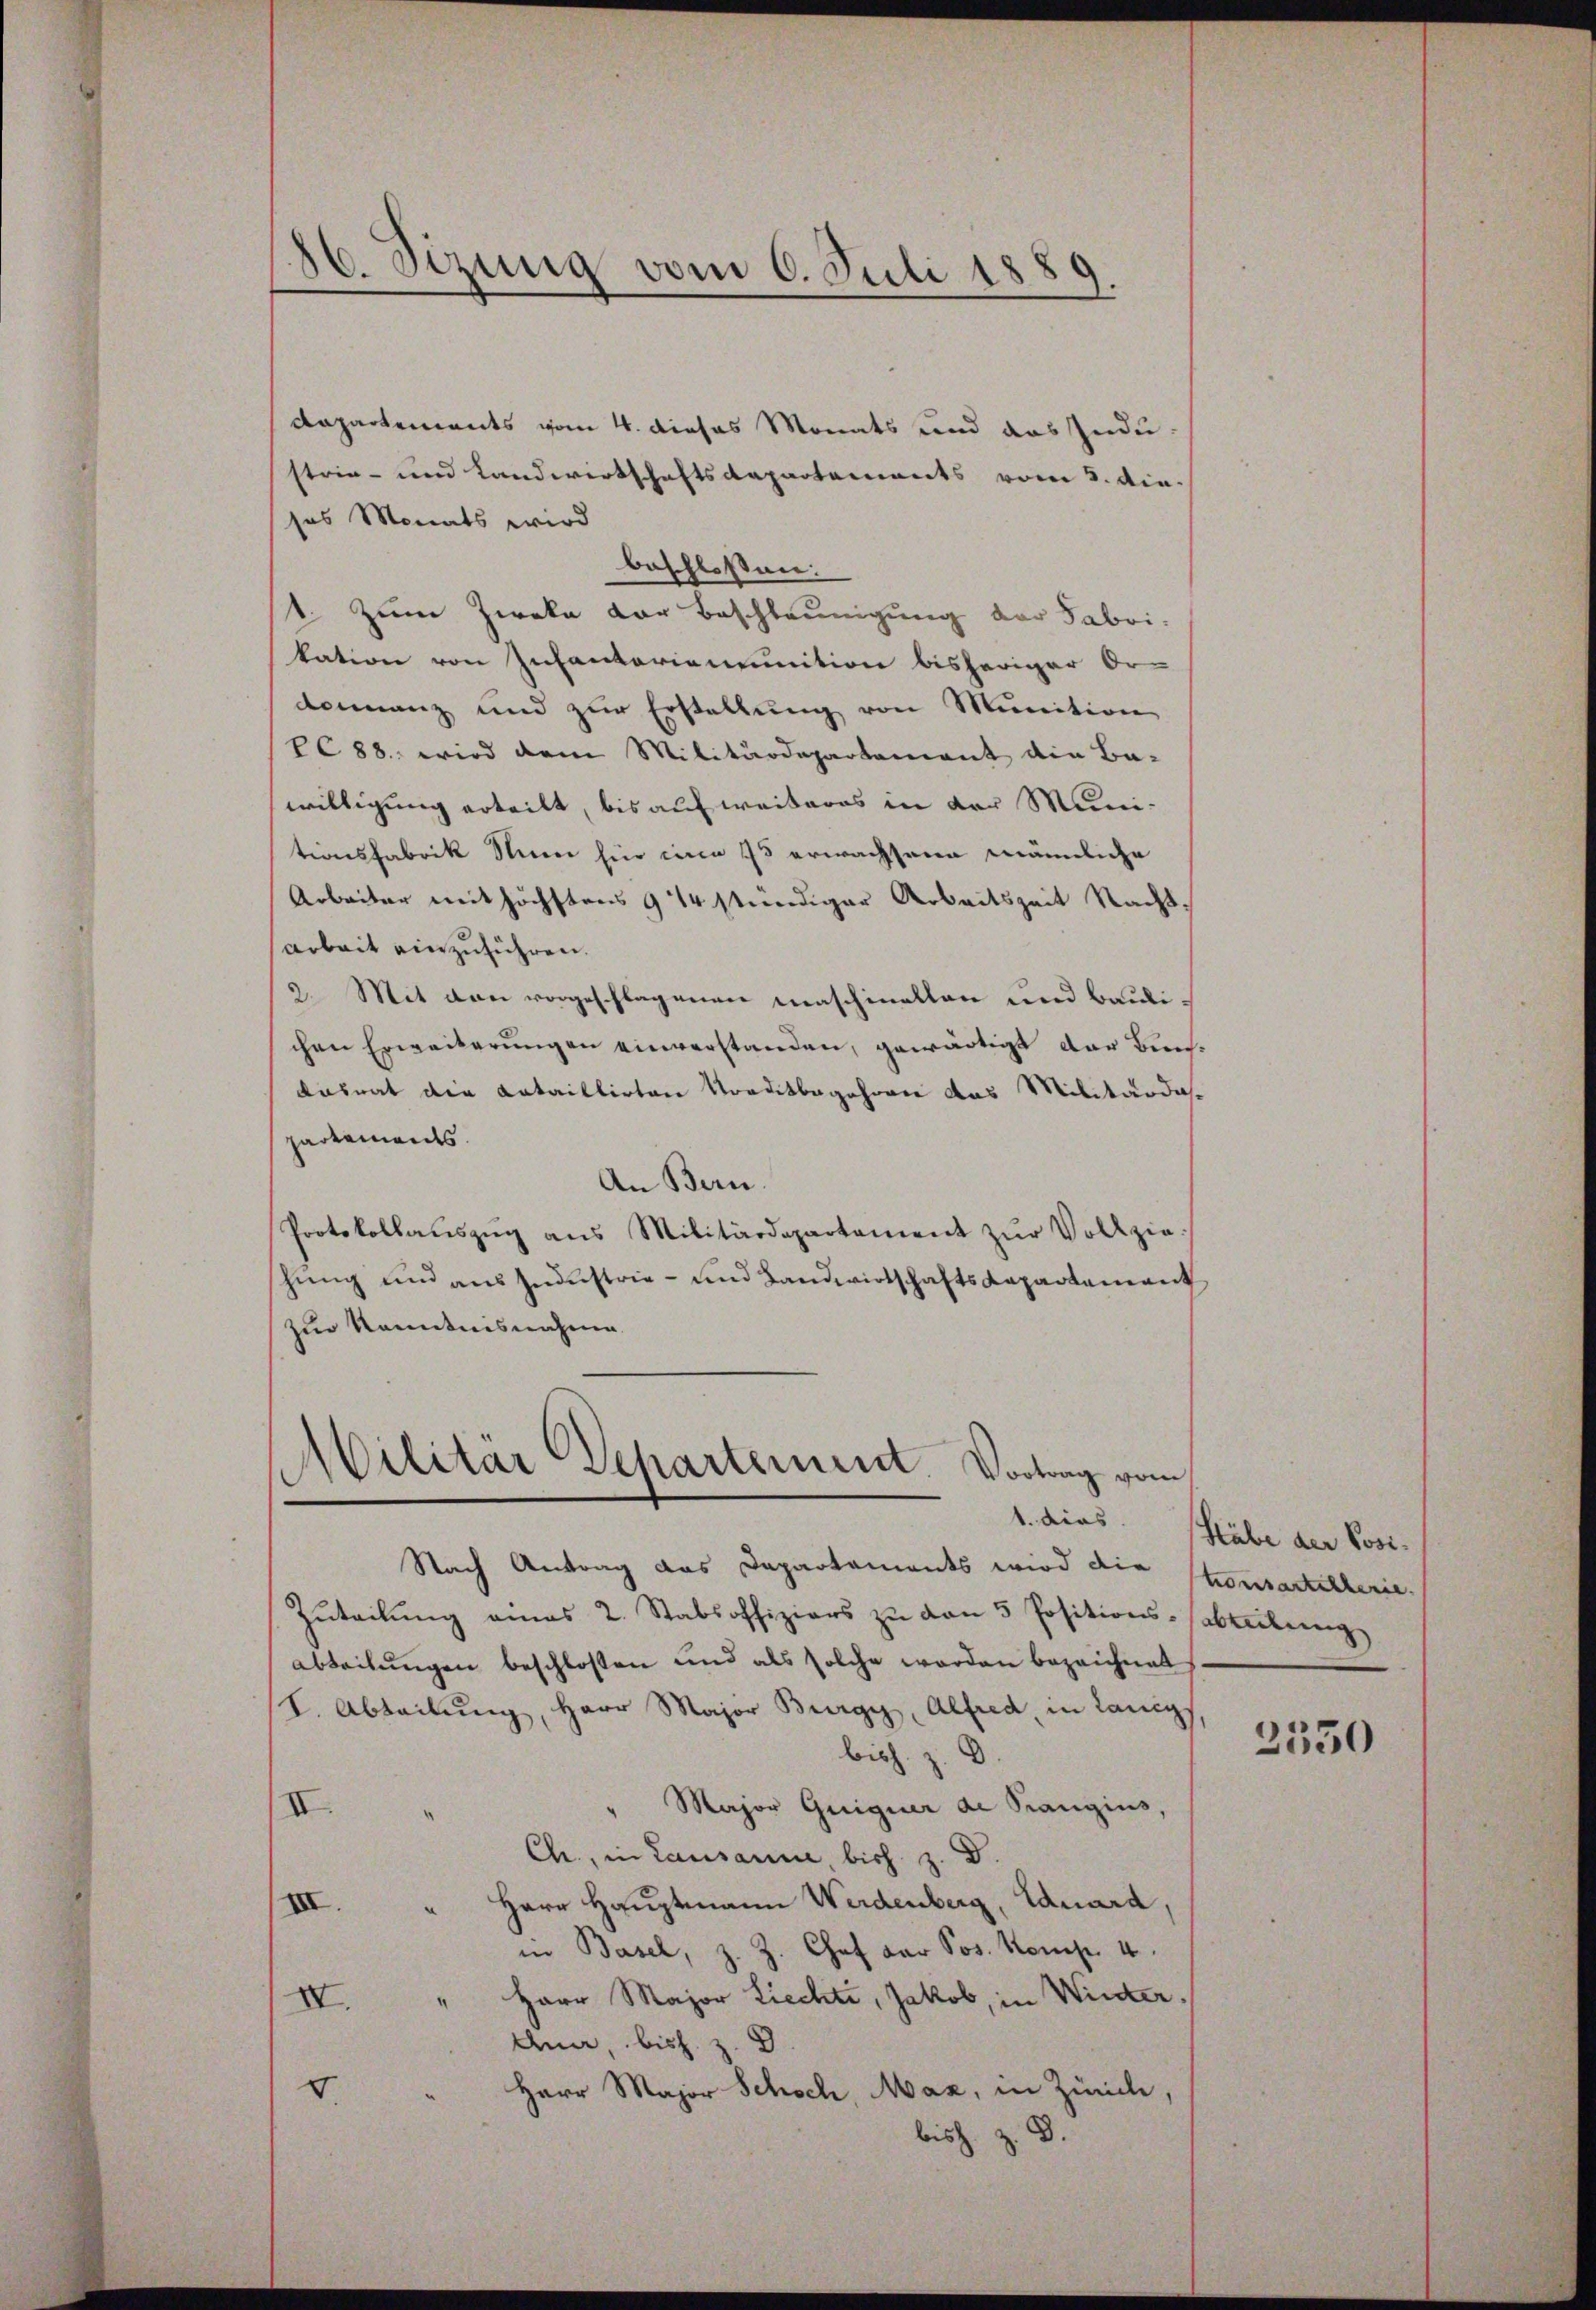
86. Sizung vom 6. Juli 1889.

Dapartements vom 4. dieses Monats und das Industria- und Landwirtschaftsdepartements vom 2. die.
ses Monats wird
beschloßen:
1. Zum Zweka der Beschleunigung der Saboi-
kation von Infantariomunition bisheriger Or-
donanz und zur Erstellung von Munition
PC88, wird dem Militärdepartamant ain Ba-
willigung erteilt, bis auf weiteres in der Munitionsfabrik Stimmer für einen 75 erwachsene männliche
Arbeiter mit höchstens 914 stündiger Arbeitszeit Nacht¬
Arbeit einzuführen.
2. Mit den vorgeschlagenen Maschinellen und Baulichen Erweiterungen einverstanden, gewärtigt der Buchdasrat die Kataillirten Vorditbegehren das Militärdaspartements.
An Bern.
Protokollaŭszŭg ans Militärdepartament zŭr Vollzie-
hung und aus Industrie- und Landwirtschaftsdepartement
Zur Kenntnisnahme

Militär Departement. Vortrag vom

Nach Antrag das Dapartaments wird die
Zuteilung eines 2. Stabsoffiziers zu von 5 Positions-abliebeng
abteilungen beschlossen und als solche werden bezeichnet
L. Abteilŭng, Herr Major Burg, Alfred in Langs
bish. z. B.
Major Guiguer de Prangius,
II.
Ch., in Lausanne bish. z. D.
Herr Hauptmann Werdenberg, Eduard,
XII.
in Basel, z. Z. Chef der Pos. Komp. 4.
" Herr Major Liechte, Jakob, in Winter¬
IV.
dner, bis z. B
5.
Herr Major Schoch, Maz, in Zürich,
bish. z. B.

1. dies. Habe der Posi-
teonsartitherie.

2350